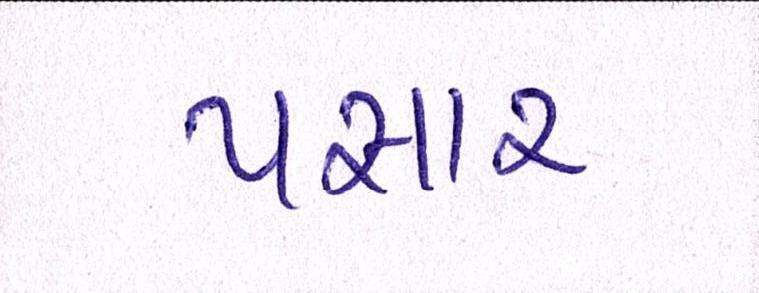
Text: પસાર